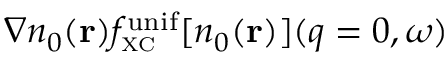
\nabla n _ { 0 } ( { \bf r } ) f _ { \scriptscriptstyle \mathrm { X C } } ^ { \mathrm { u n i f } } [ n _ { 0 } ( { \bf r } ) ] ( q = 0 , \omega )